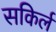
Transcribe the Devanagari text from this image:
सकिर्ल